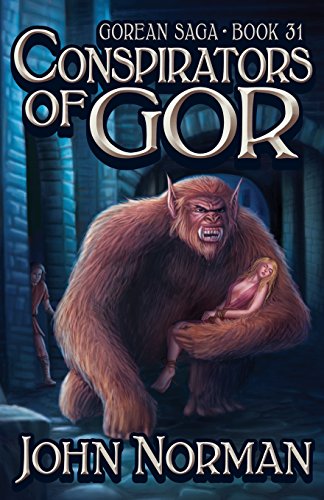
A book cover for Conspirators of Gor (Gorean Saga); John Norman; Romance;